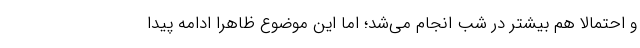
و احتمالا هم بیشتر در شب انجام می‌شد؛ اما این موضوع ظاهرا ادامه پیدا